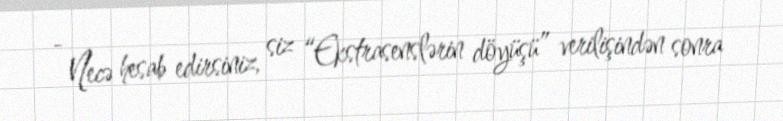
- Necə hesab edirsiniz, siz “Ekstrasenslərin döyüşü” verilişindən sonra